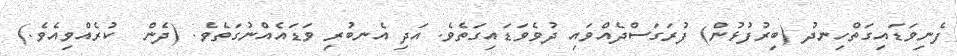
ފެނިވަޑައިގަތްހިނދު (ބިރުފުޅުން) ފުރަގަސްދެއްވައި ދުވެވަޑައިގަތެވެ. އަދި އެނބުރި ވަޑައެއްނުގަތެވެ. (ދެން  ކުރެއްވިއެވެ.)